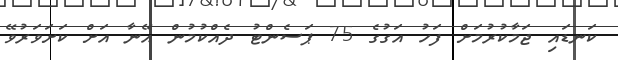
ކަނޑައި ޖަމާކުރުމަށް ފަހު އަގުގެ 75 ޕަސެންޓު ދެއްކުމުން އޭނާ އަށް ކަށަވަރުވޭ